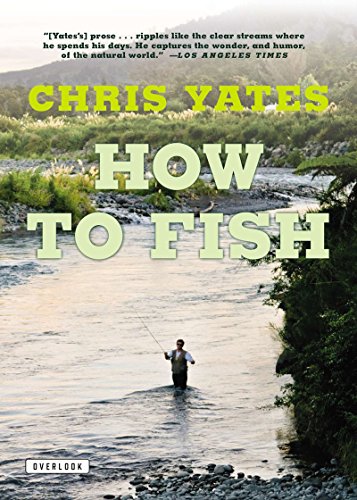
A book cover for How To Fish; Chris Yates; Humor & Entertainment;